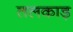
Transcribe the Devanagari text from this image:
तलकाड़